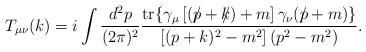
LaTeX: \begin{align*}T_{\mu\nu}(k)=i\int \frac{d^2p}{(2\pi )^2} \frac{{\rm tr}\{ \gamma_{\mu}\left[ (p\!\!\!\slash +k\!\!\!\slash) + m\right]\gamma_{\nu}(p\!\!\!\slash +m)\} }{\left[ (p+k)^2 -m^2\right] (p^2 - m^2 ) }.\end{align*}